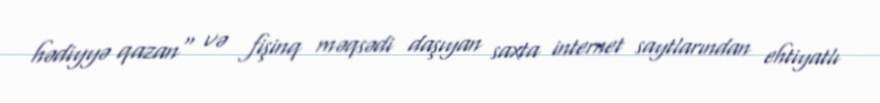
hədiyyə qazan" və fişinq məqsədi daşıyan saxta internet saytlarından ehtiyatlı